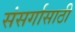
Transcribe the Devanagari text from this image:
संसर्गासाठी